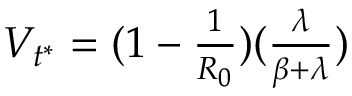
\begin{array} { r } { V _ { t ^ { * } } = ( 1 - \frac { 1 } { R _ { 0 } } ) ( \frac { \lambda } { \beta + \lambda } ) } \end{array}